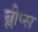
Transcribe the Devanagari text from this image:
ब्लीप्स